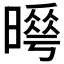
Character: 𭧮